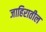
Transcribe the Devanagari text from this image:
जाहिरातील